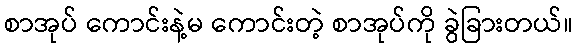
စာအုပ် ကောင်းနဲ့မ ကောင်းတဲ့ စာအုပ်ကို ခွဲခြားတယ်။